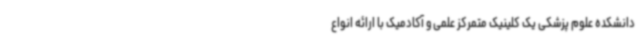
دانشکده علوم پزشکی یک کلینیک متمرکز علمی و آکادمیک با ارائه انواع